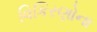
વિકિરણોના